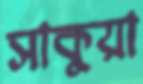
সাকুয়া